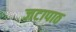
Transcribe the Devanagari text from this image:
जटापाठ